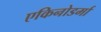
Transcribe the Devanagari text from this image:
एकिनोडर्मा